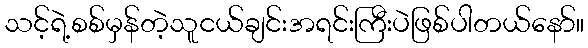
သင့်ရဲ့စစ်မှန်တဲ့သူငယ်ချင်းအရင်းကြီးပဲဖြစ်ပါတယ်နော်။